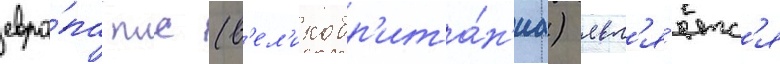
евро́па плс (в'ел'икобр'ита́н'иа) явл'я́етс'я